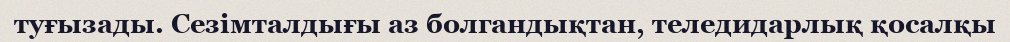
туғызады. Сезімталдығы аз болгандықтан, теледидарлық қосалқы